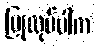
ပြုလုပ်ပါက